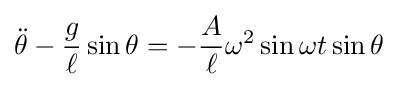
{\ddot {\theta }}-{g \over \ell }\sin \theta =-{A \over \ell }\omega ^{2}\sin \omega t\sin \theta